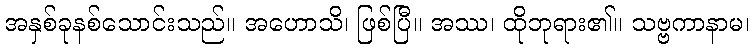
အနှစ်ခုနစ်သောင်းသည်။ အဟောသိ၊ ဖြစ်ပြီ။ အဿ၊ ထိုဘုရား၏။ သဗ္ဗကာနာမ၊